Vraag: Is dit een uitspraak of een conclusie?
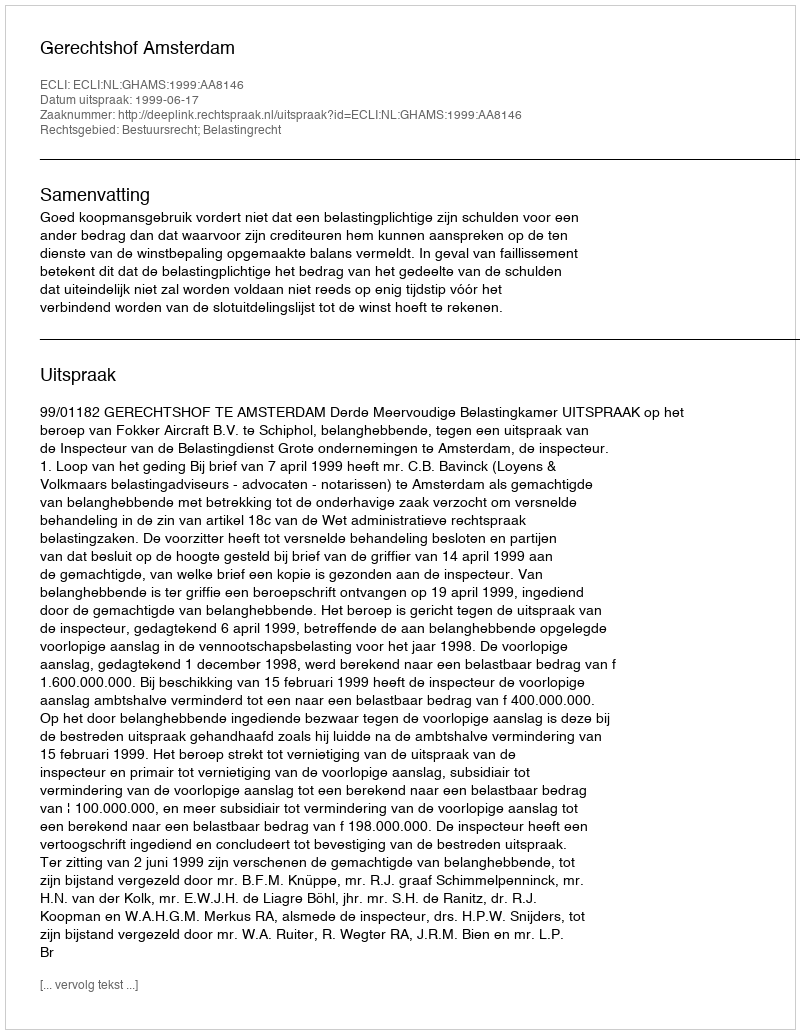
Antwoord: Uitspraak